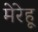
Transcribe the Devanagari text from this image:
मेरेहू